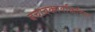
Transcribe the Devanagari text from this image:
बचावकार्याकरिता